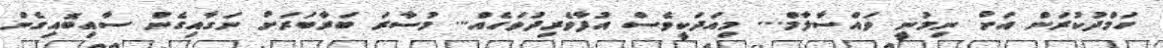
ހަމްދުކުރަން އަށް ނިމުނީ ވައްސާލާމް... މިއަދަކީވެސް އުފާވެރިދުވަހެއް... މުސާރަ ބަރާބަރަށް ނަގާއިގެން ސާއިބޮއިގެން